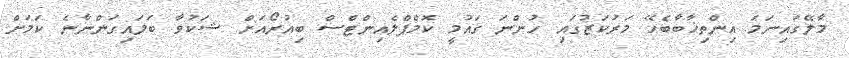
މާލޭގައިނަމަ އިންތިޚާބާބެހޭ މަރުކަޒުގައި ހުންނަ ގައުމީ ކޮމްޕްލެއިންޓްސް ބިއުރޯއަށް ޝަކުވާ ބަލައިގަންނާނެ ކަމަށް